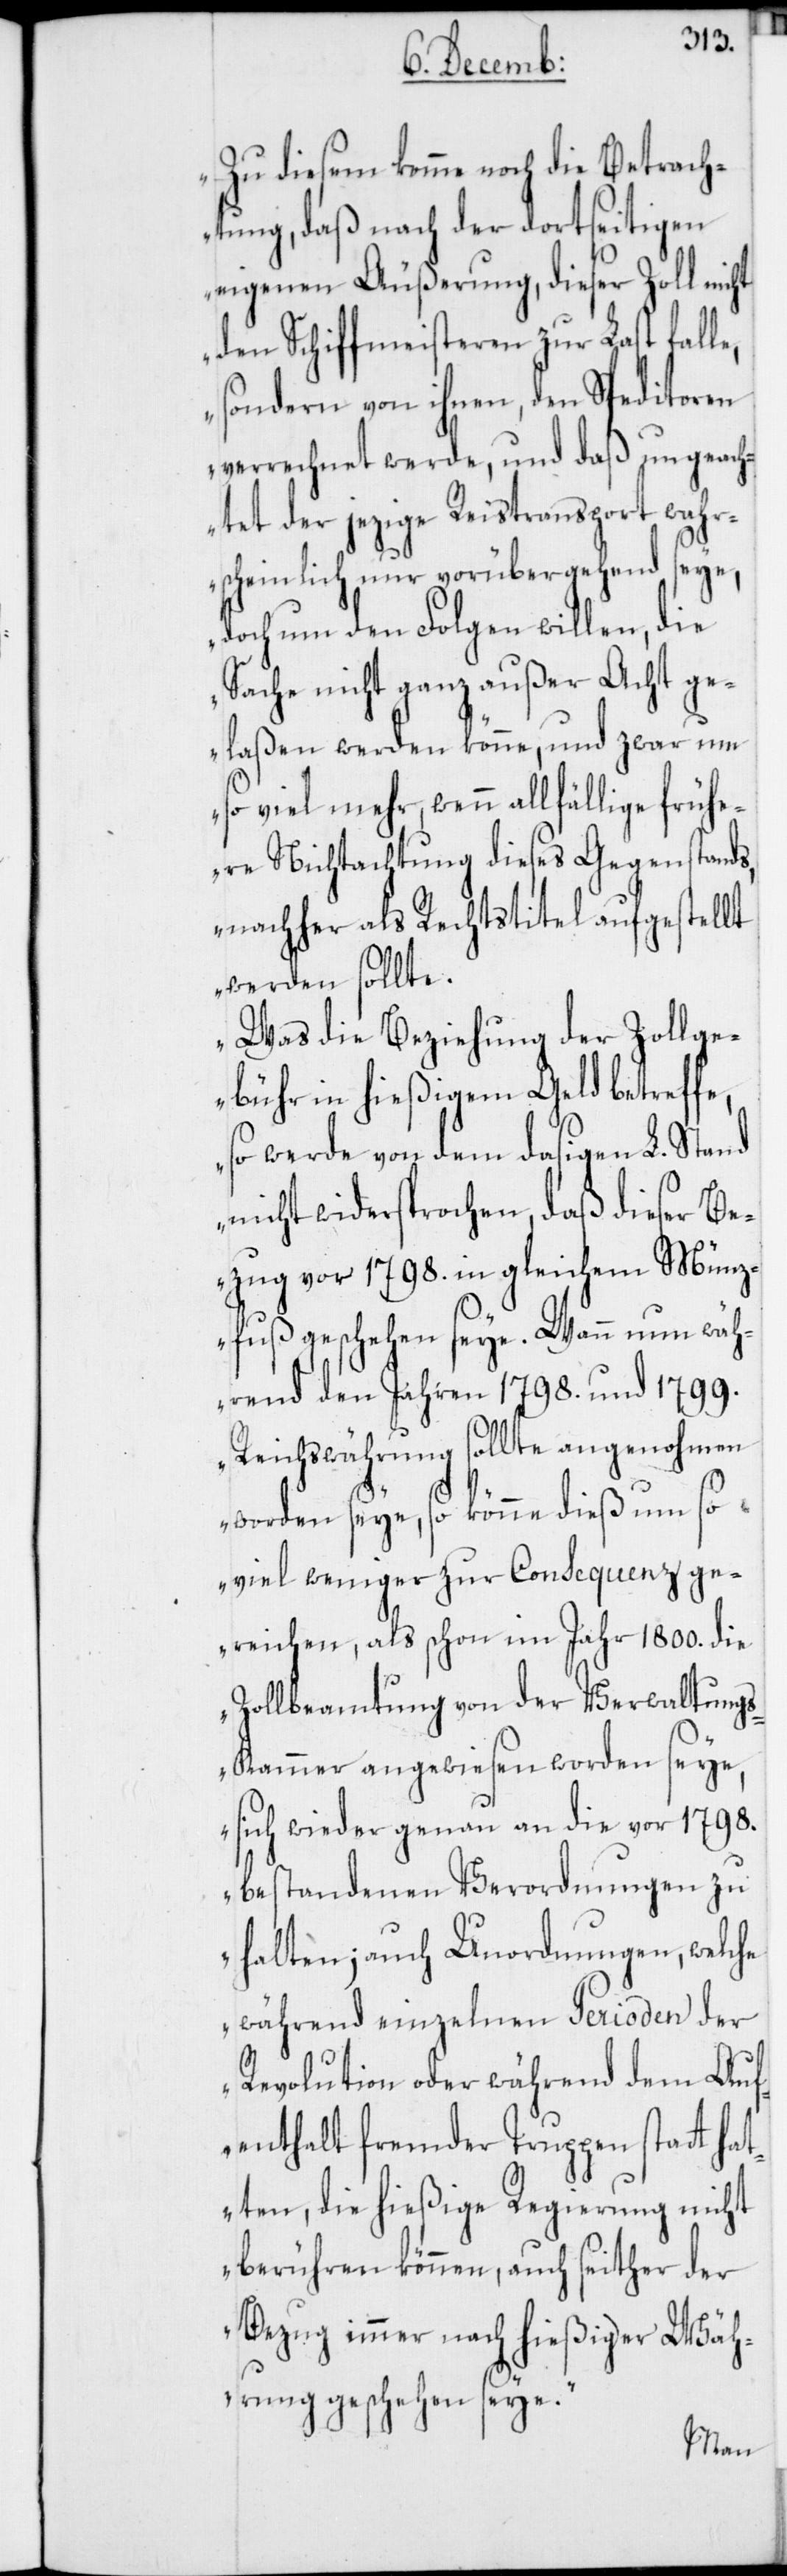
Zu diesem komme noch die Betrach¬
tung, daß nach der dortseitigen
eigenen Äußerung, dieser Zoll nicht
den Schiffmeisteren zur Last fall¬
sondern von ihnen, den Speditoren
verrechnet werde, und daß ungeach¬
tet der jezige Reistransport wahr¬
scheinlich nur vorübergehend seye,
doch um den Folgen willen, die
Sache nicht ganz außer Acht ge¬
laßen werden könne, und zwar um
so viel mehr, wenn allfällige frühe¬
re Nichtachtung dieses Gegenstands,
nachher als Rechtstitel aufgestellt
werden sollte.
Was die Beziehung der Zollge¬
bühr in hießigem Geld betreffe,
so werde von dem dasigen L. Stand
nicht widersprochen, daß dieser Be¬
zug vor 1798. in gleichem Münz¬
fuß geschehen seye. Wann nun wäh¬
rend den Jahren 1798. und 1799.
Reichswährung sollte angenohmen
worden seyn, so könne dieß um so
viel weniger zur Consequenz ge¬
reichen, als schon im Jahr 1800. die
Zollbeamtung von der Verwaltung¬
s-Kammer angewiesen worden seye,
sich wieder genau an die vor 1798.
bestandenen Verordnungen zu
halten; auch Unordnungen, welche
während einzelnen Perioden der
Revolution oder während dem Auf¬
enthalt fremder Truppen statt ha¬
tten, die hießige Regierung nicht
berühren können, auch seither der
Bezug immer nach hießiger Wäh¬
rung geschehen seye.
e,